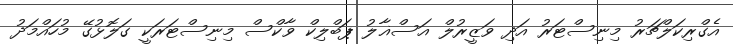
އެގްރިކަލްޗަރު މިނިސްޓަރު އަދި ވަޒީރުލް އަސްޣާލު ޕަބްލިކް ވާކްސް މިނިސްޓަރަކީ ގަލޮޅުގޭ މުހައްމަދު